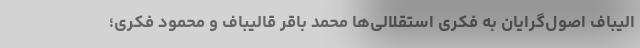
الیباف اصول‌گرایان به فکری استقلالی‌ها محمد باقر قالیباف و محمود فکری؛